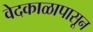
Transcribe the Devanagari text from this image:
वेदकाळापासून